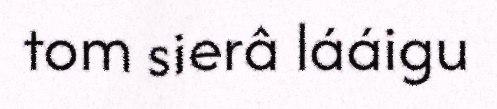
tom sierâ lááigu